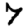
Digit: 7